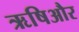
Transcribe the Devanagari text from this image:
ऋषिऔर